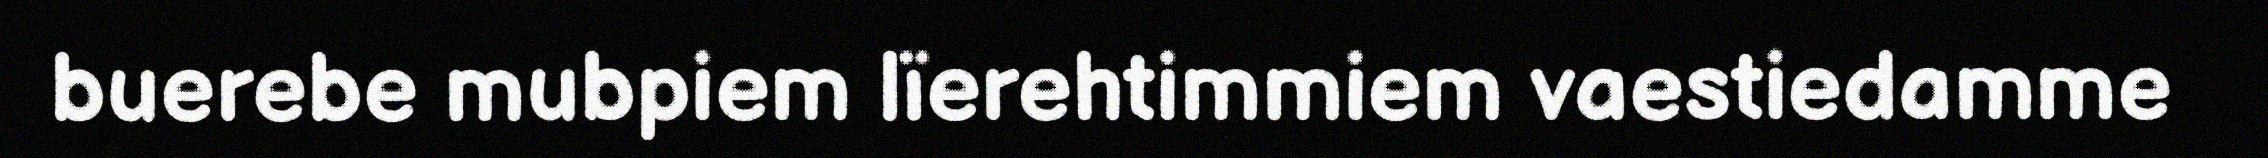
buerebe mubpiem lïerehtimmiem vaestiedamme